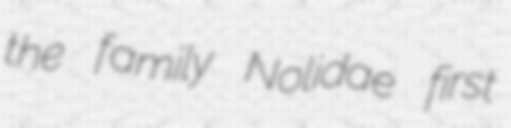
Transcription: the family Nolidae first